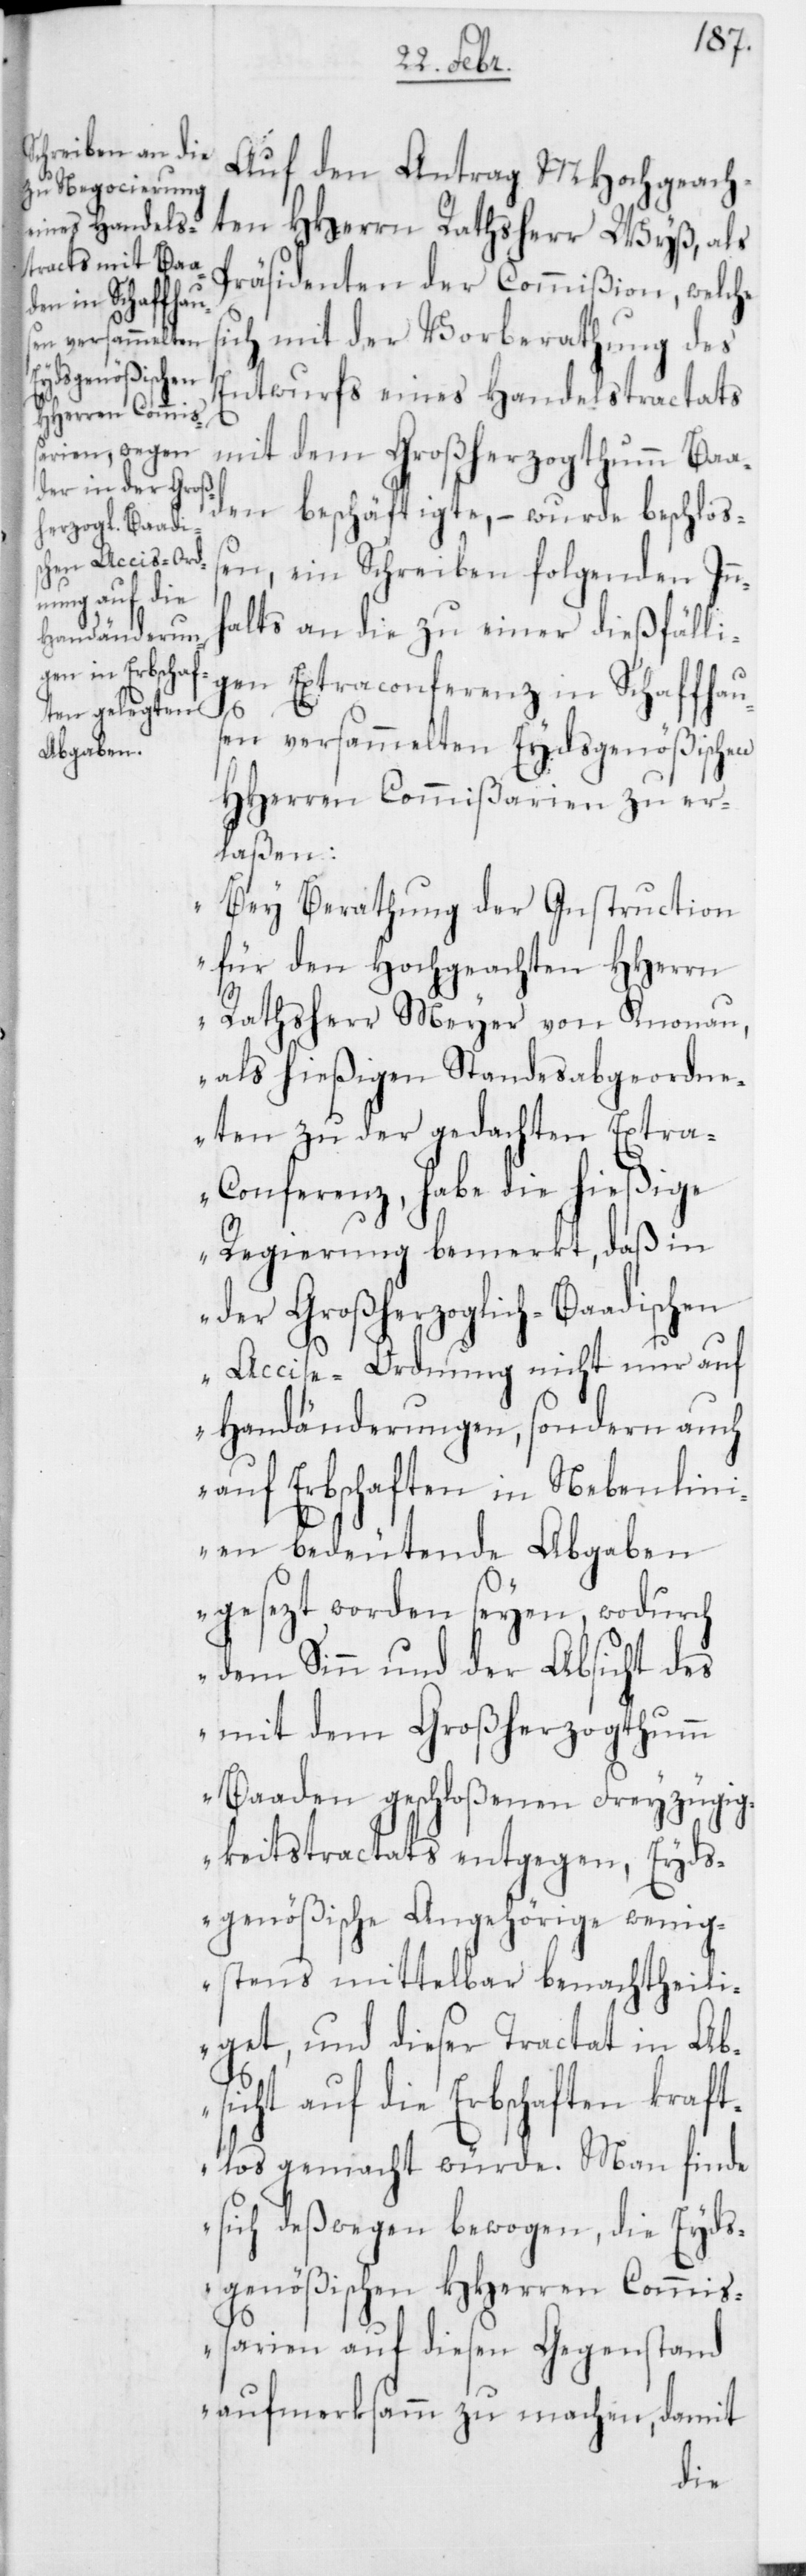
Auf den Antrag MHochgeach¬
ten HHerrn Rathsherr Wyß, als
Präsidenten der Commißion, welche
ich mit der Vorberathung des
Entwurfs eines Handelstractats
mit dem Großherzogthumm Baa¬
den beschäftigte, – wurde beschloß¬
en, ein Schreiben folgenden Innh¬
alts an die zu einer dießfälli¬
gen Extraconferenz in Schaffhaus¬
s¬
en versammelten Eydsgenößischen
HHerren Commißarien zu er¬
laßen:
„Bey Berathung der Instruction
für den Hochgeachten HHerrn
Rathsherr Meyer von Knonau,
als hießigen Standesabgeordne¬
ten zu der gedachten Extr¬
a-Conferenz, habe die hießige
Regierung bemerkt, daß in
der Großherzoglich-Baadischen
Accise-Ordnung nicht nur auf
Handänderungen, sondern auch
auf Erbschaften in Nebenlini¬
en bedeutende Abgaben
gesezt worden seyen, wodurch
dem Sinn und der Absicht des
mit dem Großherzogthumm
Baaden geschloßenen Freyzügig¬
keitstractats entgegen, Eyds¬
genößische Angehörige wenig¬
stens mittelbar benachtheili¬
get, und dieser Tractat in Ab¬
sicht auf die Erbschaften kraft¬
los gemacht würde. Man finde
sich deßwegen bewogen, die Eyds¬
genößischen HHerren Commi¬
ßarien auf diesen Gegenstand
aufmerksamm zu machen, damit